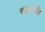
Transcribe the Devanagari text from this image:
स्तारयसि